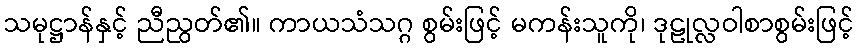
သမုဋ္ဌာန်နှင့် ညီညွတ်၏။ ကာယသံသဂ္ဂ စွမ်းဖြင့် မကန်းသူကို၊ ဒုဠုလ္လဝါစာစွမ်းဖြင့်